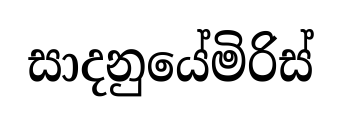
සාදනුයේමිරිස්